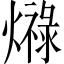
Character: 𤐠